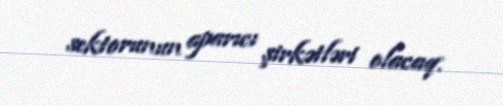
sektorunun aparıcı şirkətləri olacaq.